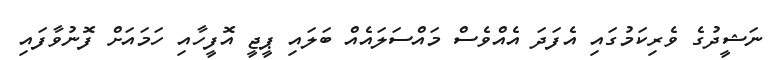
ނަޝީދުގެ ވެރިކަމުގައި އެފަދަ އެއްވެސް މައްސަލައެއް ބަލައި ޕީޖީ އޮފީހާއި ހަމައަށް ފޮނުވާފައި